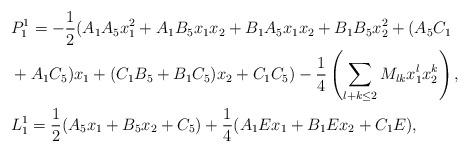
LaTeX: \begin{align*}&P^1_1=-\frac{1}{2}(A_1A_5x_1^2+A_1B_5x_1x_2+B_1A_5x_1x_2+B_1B_5x_2^2+(A_5C_1\\& +A_1C_5)x_1 +(C_1B_5+B_1C_5)x_2+C_1C_5)-\frac{1}{4}\left(\sum_{l+k\leq 2} M_{lk} x_1^{l}x_2^k \right),\\&L_1^1=\frac{1}{2}(A_5x_1+B_5x_2+C_5)+\frac{1}{4}(A_1Ex_1+B_1Ex_2+C_1E),\end{align*}